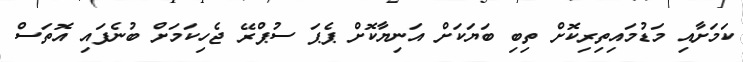
ކަމަށާއި މަޑުމައިތިރިކޮށް ތިބި ބަޔަކަށް އަނިޔާކޮށް ޕެޕަ ސުޕްރޭ ޖެހިކަމަށް ބުނެފައި އޮތަސް